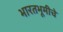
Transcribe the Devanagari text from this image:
भारतभूमीचे